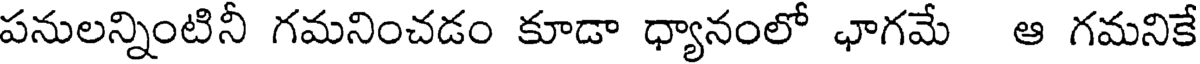
పనులన్నింటినీ గమనించడం కూడా ధ్యానంలో ఛాగమే ఆ గమనికే